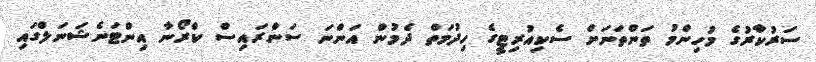
ސަރުކާރުގެ މުހިންމު ތަންތަނަށް ސެކިއުރިޓީގެ ހިދުމަތް ދެމުން އަންނަ ސަންރައިސް ކްރޯނާ އިންޓަނެޝަނަލްގައި